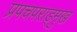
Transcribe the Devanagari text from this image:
प्रपचपराड्म़ुख